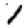
Digit: 1